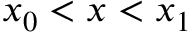
x _ { 0 } < x < x _ { 1 }